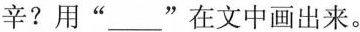
辛?用”___”在文中画出来。